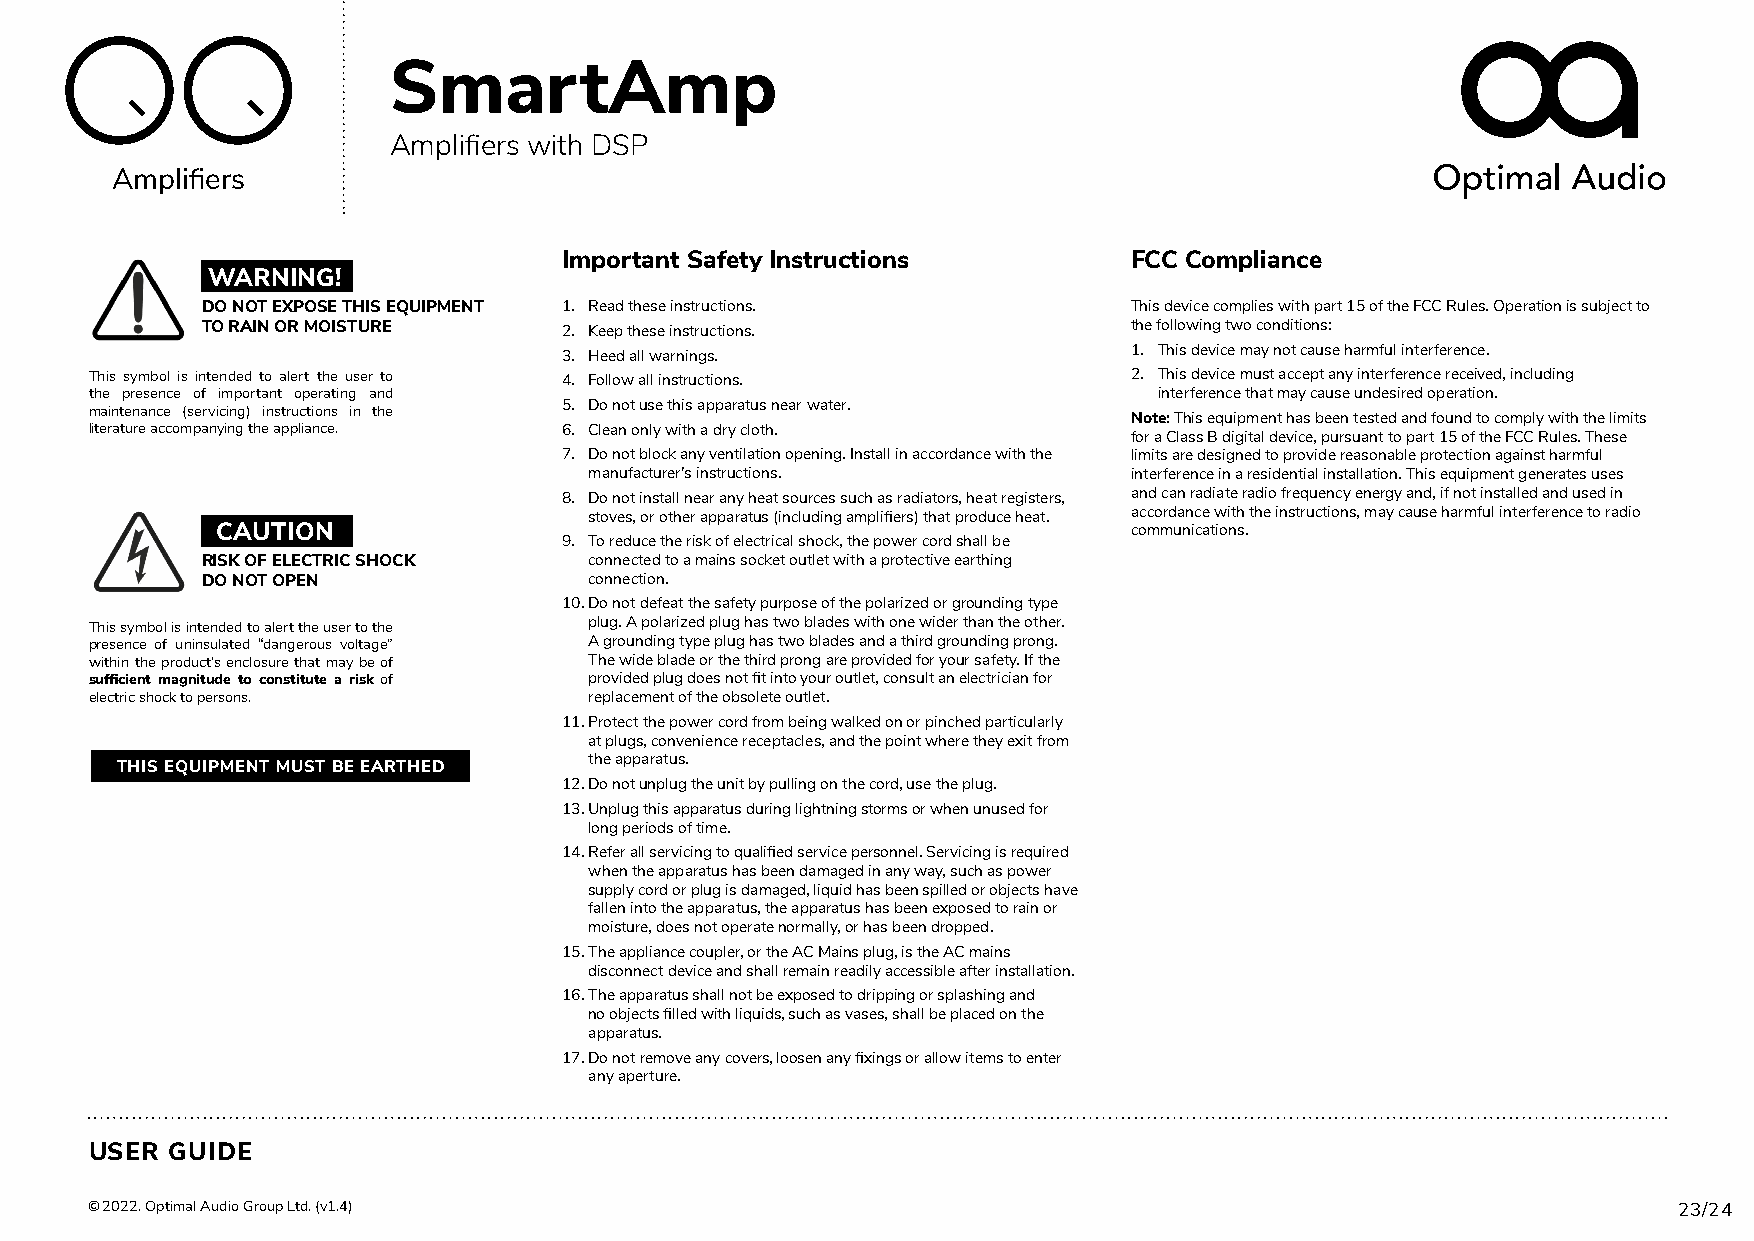
SmartAmp
 Amplifiers with DSP
 Amplifiers
 Important Safety Instructions         FCC Compliance
 WARNING!
 DO NOT EXPOSE THIS EQUIPMENT 1. Read these instructions.      This device complies with part 15 of the FCC Rules. Operation is subject to
 TO RAIN OR MOISTURE     2. Keep these instructions.           the following two conditions:
 3. Heed all warnings.                 1. This device may not cause harmful interference.
 This symbol is intended to alert the user to 4. Follow all instructions. 2. This device must accept any interference received, including
 the presence of important operating and                                interference that may cause undesired operation.
 5. Do not use this apparatus near water.
 maintenance (servicing) instructions in the                          Note: This equipment has been tested and found to comply with the limits
 literature accompanying the appliance. 6. Clean only with a dry cloth.
 for a Class B digital device, pursuant to part 15 of the FCC Rules. These
 7. Do not block any ventilation opening. Install in accordance with the limits are designed to provide reasonable protection against harmful
 manufacturer’s instructions.        interference in a residential installation. This equipment generates uses
 8. Do not install near any heat sources such as radiators, heat registers, and can radiate radio frequency energy and, if not installed and used in
 stoves, or other apparatus (including amplifiers) that produce heat. accordance with the instructions, may cause harmful interference to radio
 CAUTION                                                      communications.
 9. To reduce the risk of electrical shock, the power cord shall be
 RISK OF ELECTRIC SHOCK    connected to a mains socket outlet with a protective earthing
 DO NOT OPEN               connection.
 10. Do not defeat the safety purpose of the polarized or grounding type
 This symbol is intended to alert the user to the plug. A polarized plug has two blades with one wider than the other.
 presence of uninsulated “dangerous voltage” A grounding type plug has two blades and a third grounding prong.
 within the product’s enclosure that may be of The wide blade or the third prong are provided for your safety. If the
 sufficient magnitude to constitute a risk of provided plug does not fit into your outlet, consult an electrician for
 electric shock to persons.       replacement of the obsolete outlet.
 11. Protect the power cord from being walked on or pinched particularly
 at plugs, convenience receptacles, and the point where they exit from
 the apparatus.
 THIS EQUIPMENT MUST BE EARTHED
 12. Do not unplug the unit by pulling on the cord, use the plug.
 13. Unplug this apparatus during lightning storms or when unused for
 long periods of time.
 14. Refer all servicing to qualified service personnel. Servicing is required
 when the apparatus has been damaged in any way, such as power
 supply cord or plug is damaged, liquid has been spilled or objects have
 fallen into the apparatus, the apparatus has been exposed to rain or
 moisture, does not operate normally, or has been dropped.
 15. The appliance coupler, or the AC Mains plug, is the AC mains
 disconnect device and shall remain readily accessible after installation.
 16. The apparatus shall not be exposed to dripping or splashing and
 no objects filled with liquids, such as vases, shall be placed on the
 apparatus.
 17. Do not remove any covers, loosen any fixings or allow items to enter
 any aperture.
 USER GUIDE
 © 2022. Optimal Audio Group Ltd. (v1.4)                                                                  23/24